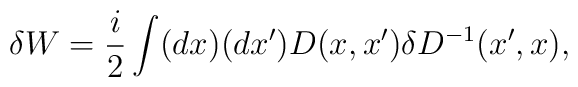
\delta W={i\over2}\int (dx)(dx')D(x,x')\delta D^{-1}(x',x),